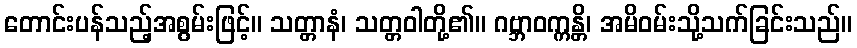
တောင်းပန်သည့်အစွမ်းဖြင့်။ သတ္တာနံ၊ သတ္တဝါတို့၏။ ဂဗ္ဘာဝက္ကန္တိ၊ အမိဝမ်းသို့သက်ခြင်းသည်။